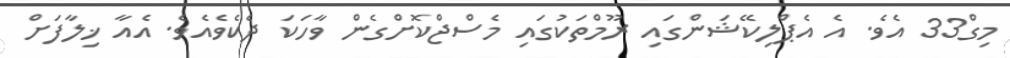
މިގް33 އެވެ. އެ އެޕްލިކޭޝަންގައި ރޫމްތަކުގައި މެސްޖްކޮށްގެން ވާހަކަ ދެކެވެއެވެ. އެއާ ޚިލާފަށް